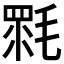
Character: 𣯉